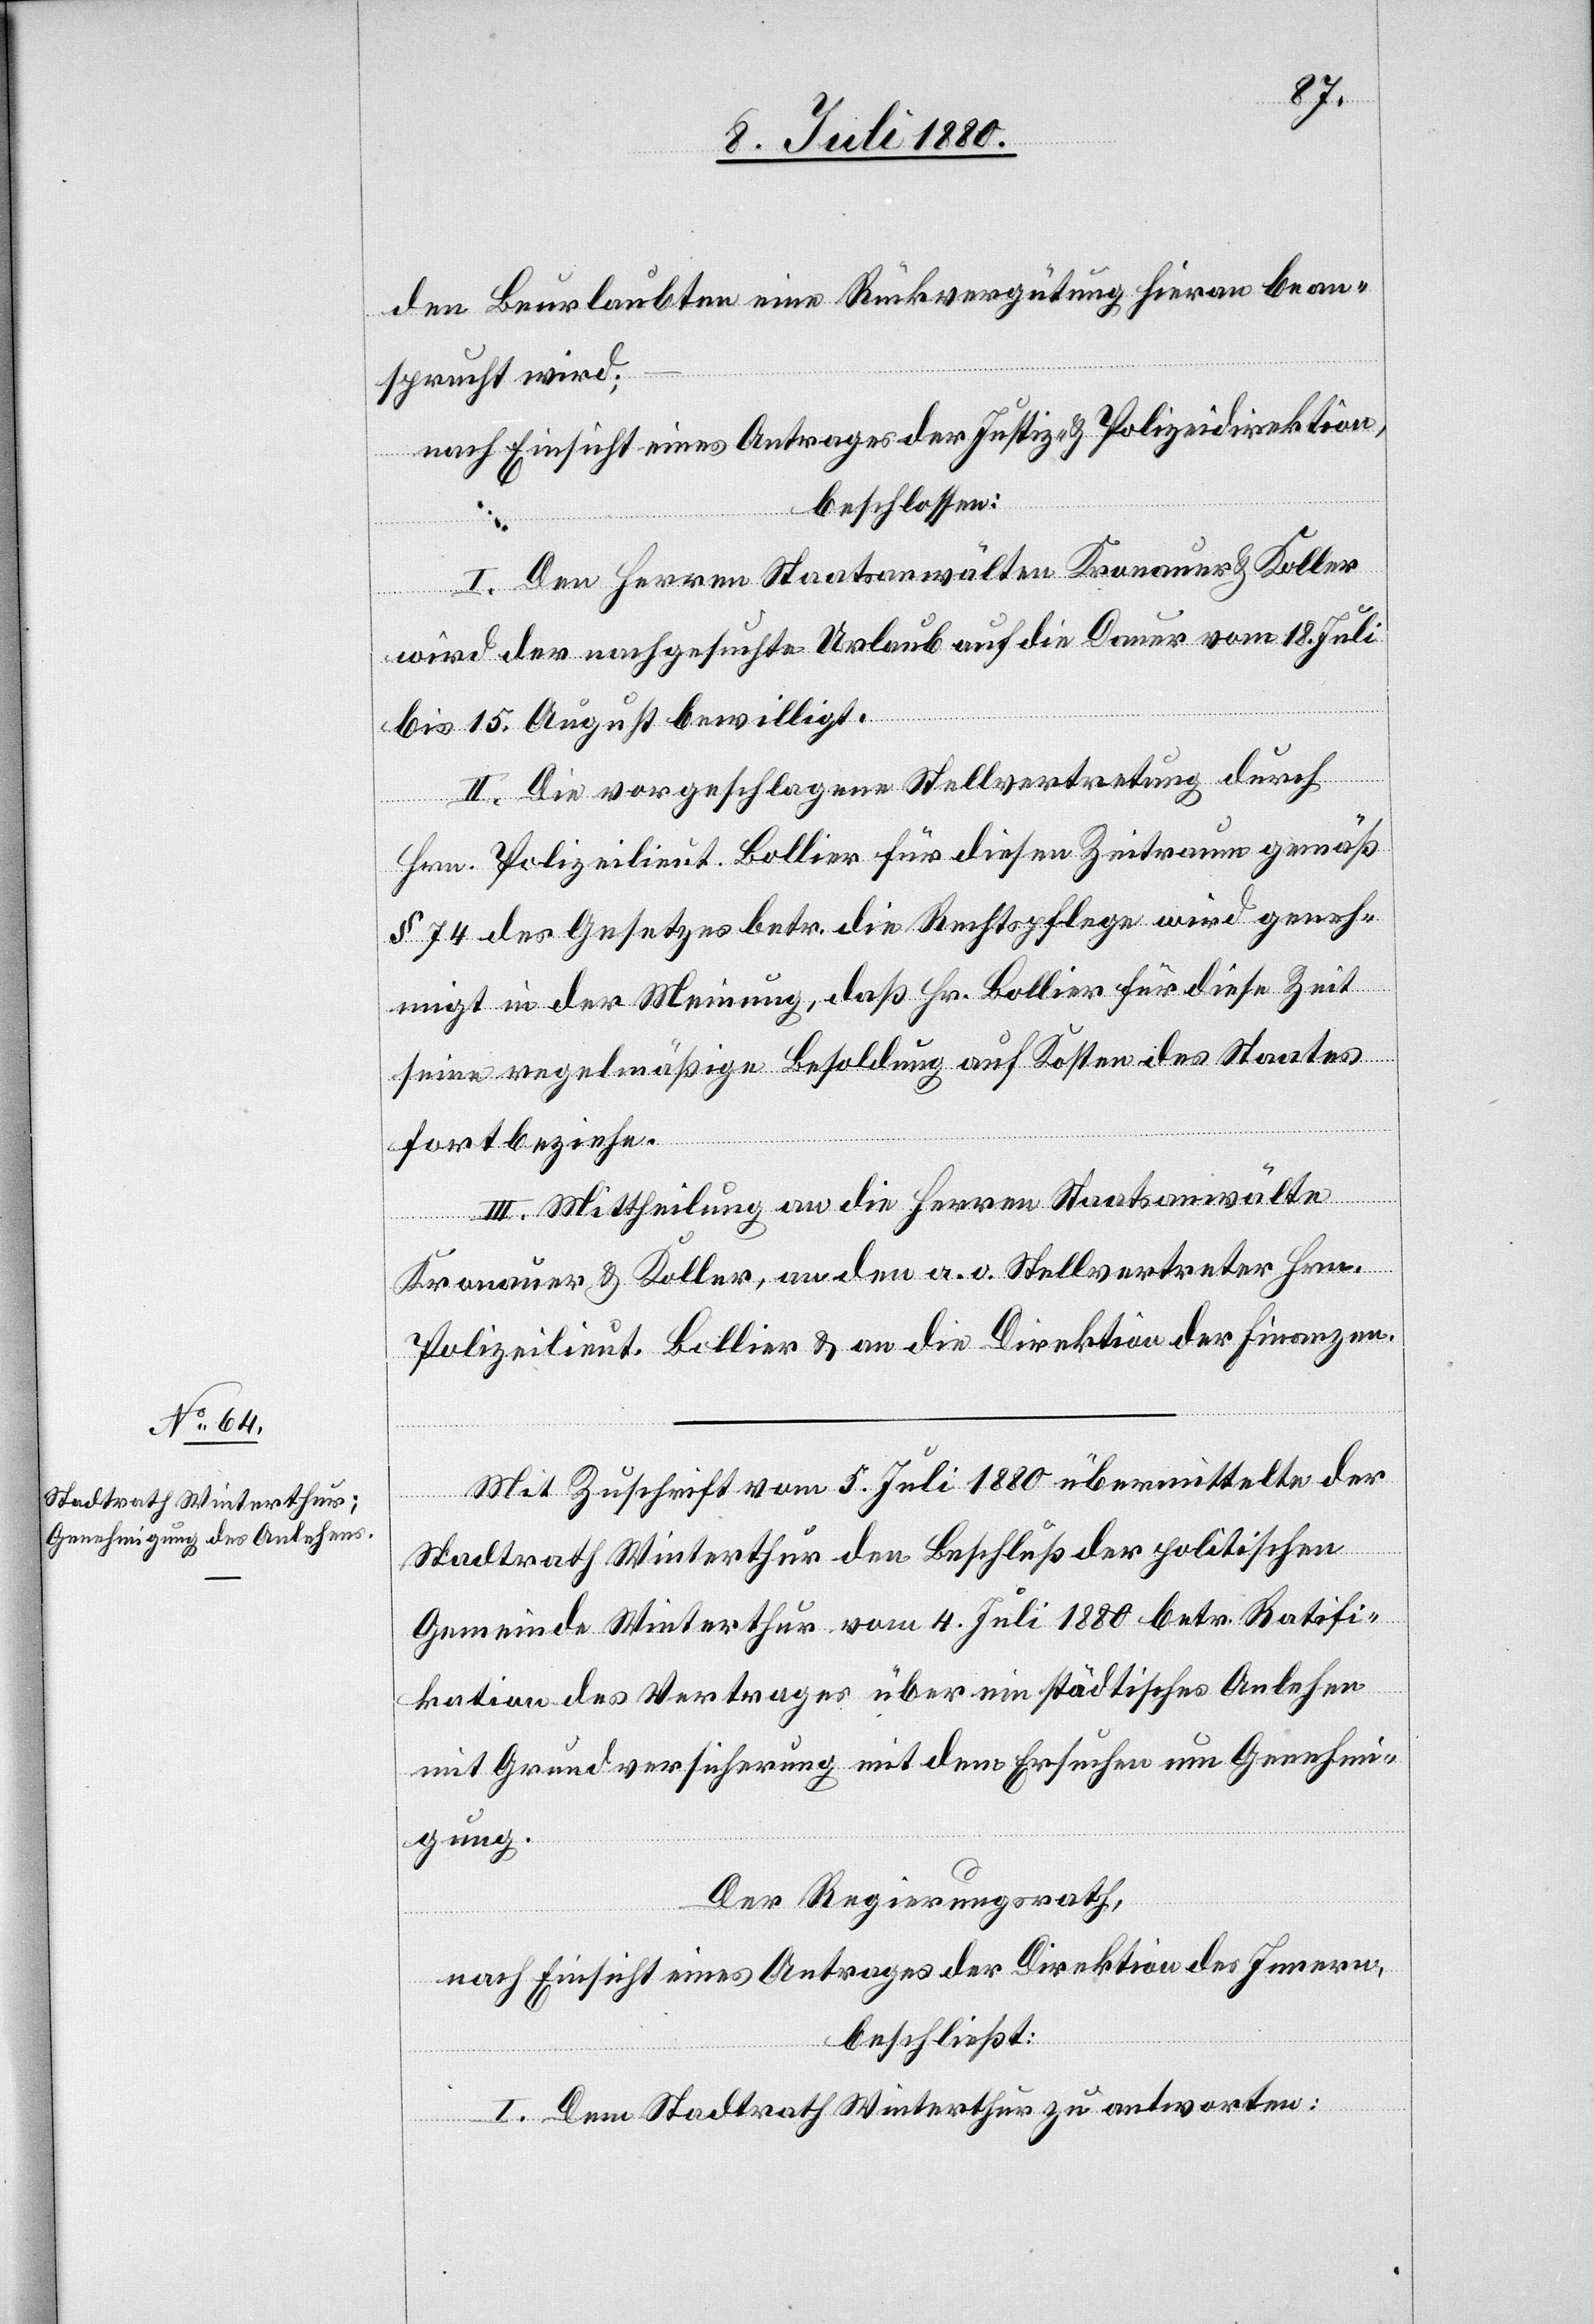
den Beurlaubten eine Rückvergütung hieran bean¬
sprucht wird;
nach Einsicht eines Antrages der Justiz- & Polizeidirektion,
beschlossen:
I. Den Herren Staatsanwälten Kronauer & Koller
wird der nachgesuchte Urlaub auf die Dauer vom 18. Juli
bis 15. August bewilligt.
II. Die vorgeschlagene Stellvertretung durch
Hrn. Polizeilieut. Bollier für diesen Zeitraum gemäß
§ 74 des Gesetzes betr. die Rechtspflege wird geneh¬
migt in der Meinung, daß Hr. Bollier für diese Zeit
seine regelmäßige Besoldung auf Kosten des Staates
fortbeziehe.
III. Mittheilung an die Herren Staatsanwälte
Kronauer & Koller, an den a. o. Stellvertreter Hrn.
Polizeilieut. Bollier & an die Direktion der Finanzen.
Mit Zuschrift vom 5. Juli 1880 übermittelte der
Stadtrath Winterthur den Beschluß der politischen
Gemeinde Winterthur vom 4. Juli 1880 betr. Ratifi¬
kation des Vertrages über ein städtisches Anlehen
mit Grundversicherung mit dem Ersuchen um Genehmi¬
gung.
Der Regierungsrath,
nach Einsicht eines Antrages der Direktion des Innern,
beschließt:
I. Dem Stadtrath Winterthur zu antworten: